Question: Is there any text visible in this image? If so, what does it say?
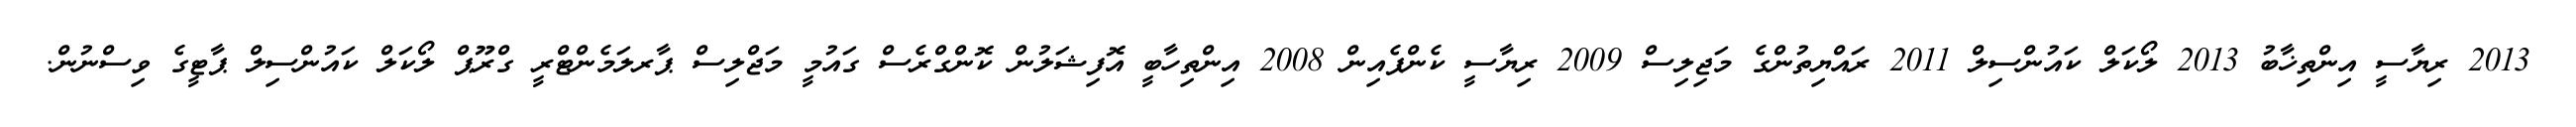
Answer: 2013 ރިޔާސީ އިންތިޚާބު 2013 ލޯކަލް ކައުންސިލް 2011 ރައްޔިތުންގެ މަޖިލިސް 2009 ރިޔާސީ ކެންޕެއިން 2008 އިންތިހާބީ އޮފިޝަލުން ކޮންގްރެސް ގައުމީ މަޖްލިސް ޕާރލަމެންޓްރީ ގްރޫޕް ލޯކަލް ކައުންސިލް ޕާޓީގެ ވިސްނުން.